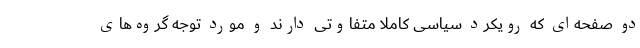
دو صفحه‌ای که رویکرد سیاسی کاملا متفاوتی دارند و مورد توجه گروه‌های